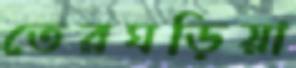
তেরঘড়িয়া